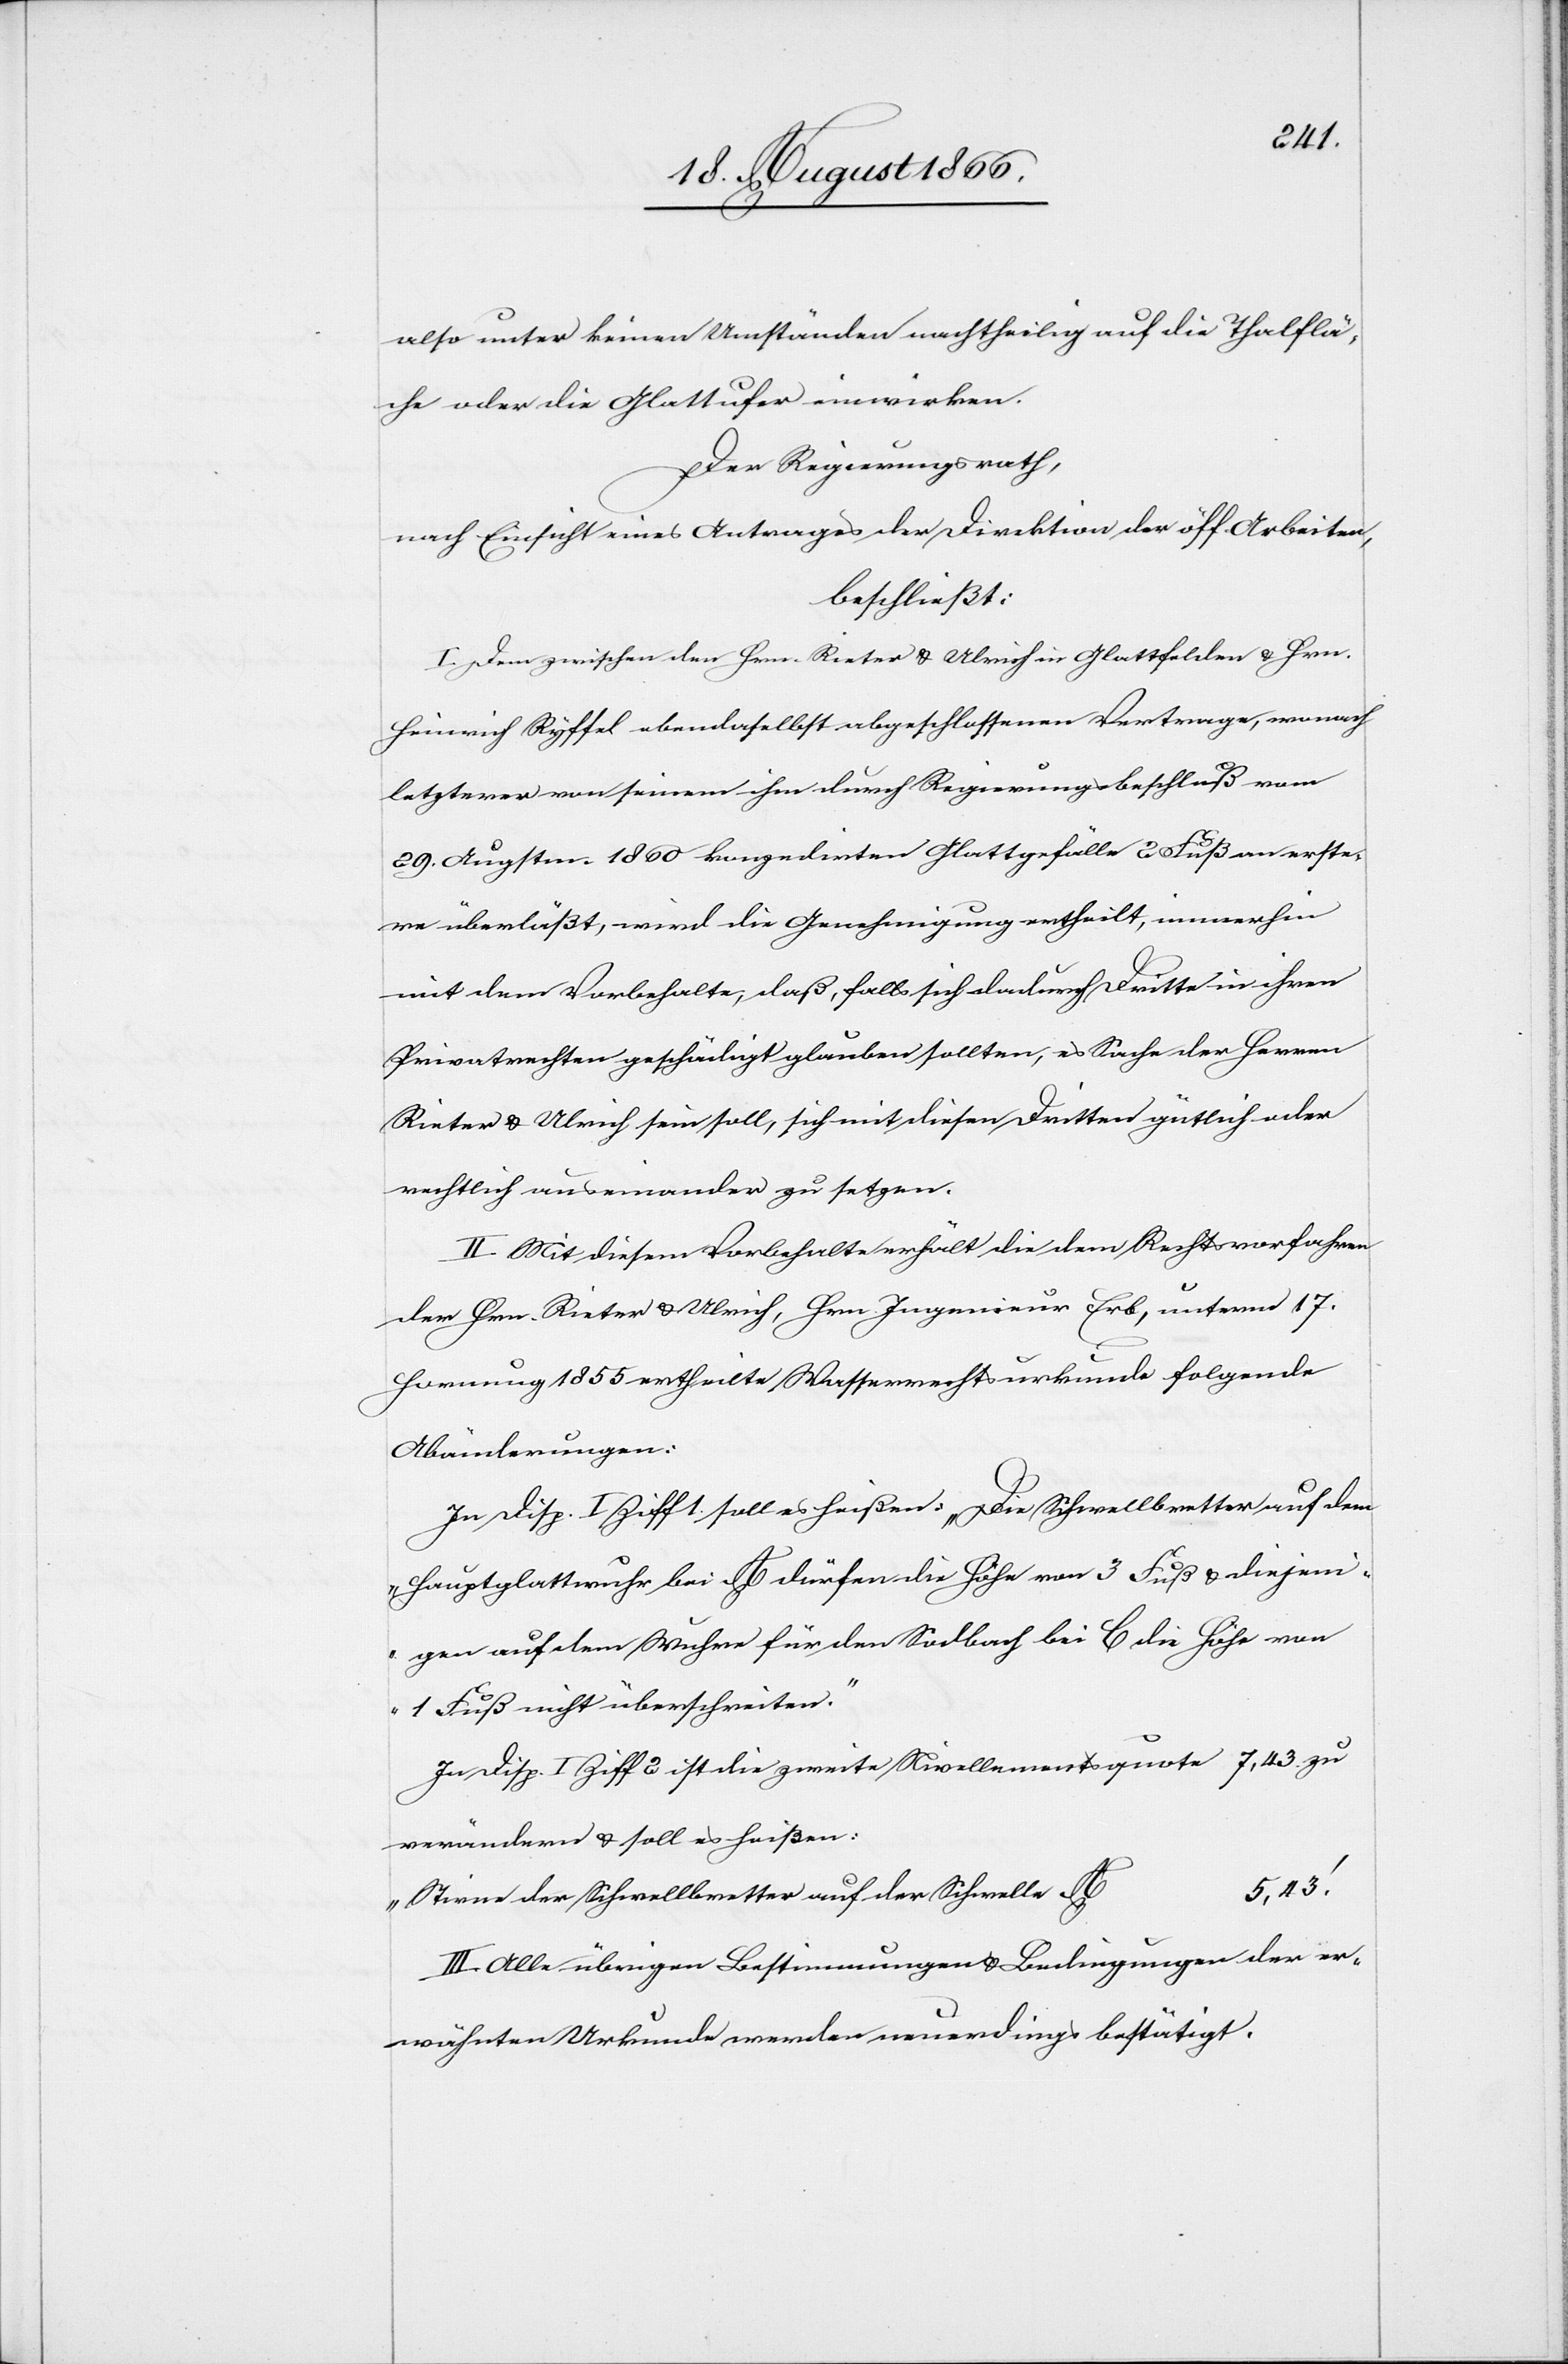
also unter keinen Umständen nachtheilig auf die Thalflä¬
che oder die Glattufer einwirken.
Der Regierungsrath,
nach Einsicht eines Antrages der Direktion der öff. Arbeiten,
beschließt:
I. Dem zwischen den Hrn. Rieter u. Ulrich in Glattfelden u. Hrn.
Heinrich Ryffel ebendaselbst abgeschlossenen Vertrage, wonach
letzterer von seinem ihm durch Regierungsbeschluß vom
29. Augstm. 1860 konzedirten Glattgefälle 2 Fuß an erste¬
re überläßt, wird die Genehmigung ertheilt, immerhin
mit dem Vorbehalte, daß, falls sich dadurch Dritte in ihren
Privatrechten geschädigt glauben sollten, es Sache der Herren
Rieter u. Ulrich sein soll, sich mit diesen Dritten gütlich oder
rechtlich auseinander zu setzen.
II. Mit diesem Vorbehalte erhält die dem Rechtvorfahren
der Hrn. Rieter u. Ulrich, Hrn. Ingenieur Erb, unterm 17.
Hornung 1855 ertheilte Wasserrechtsurkunde folgende
Abänderungen:
In Disp. I Ziff 1. soll es heißen: „Die Schwellbretter auf dem
Hauptglattwuhr bei A dürfen die Höhe von 3 Fuß u. diejeni¬
gen auf dem Wuhre für den Soldbach bei C die Höhe von
1 Fuß nicht überschreiten.“
In Disp. I Ziff 2 ist die zweite Nivellementsquote 4,43 zu
verändern u. soll es heißen:
„Stirne der Schwellbretter auf der Schwelle
III. Alle übrigen Bestimmungen u. Bedingungen der er¬
wähnten Urkunde werden neuerdings bestätigt.